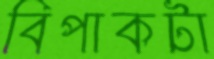
বিপাকটা